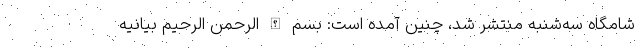
شامگاه سه‌شنبه منتشر شد، چنین آمده است: بسم الله الرحمن الرحیم بیانیه